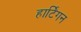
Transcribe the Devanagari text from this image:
हार्टिगन